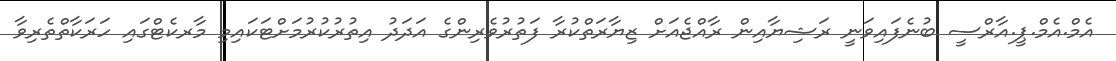
އެމް.އެމް.ޕީ.އާރްސީ ބުނެފައިވަނީ ރަޝިޔާއިން ރާއްޖެއަށް ޒިޔާރަތްކުރާ ފަތުރުވެރިންގެ އަދަދު އިތުރުކުރުމަށްޓަކައިމި މާރކެޓްގައި ހަރަކާތްތެރިވާ